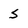
Character: S